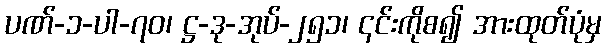
ပဏ်-၁-ပါ-၇၀၊ ဋ္ဌ-ဒု-အုပ်-၂၅၁၊ ၎င်းကိုစ၍ အားထုတ်ပုံမှ